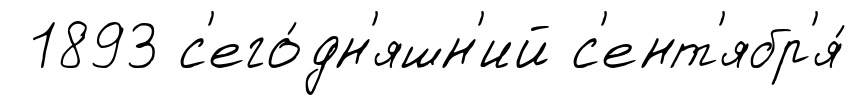
1893 с'его́дн'яшн'ий с'ент'ябр'я́